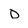
Character: D